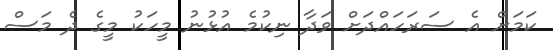
ކަމަށް އެ ސަރަހައްދަށް ވަދާ ނިކުމެ އުޅުނު މީހަކު މީގެ ދެ މަސް